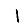
Digit: 1